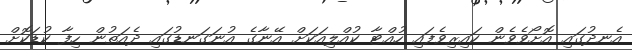
އެނދުގައި އޮށޯވެވެން ކައިރިވެފައި ހުއްޓާ ކުއްލިއަކަށް އޭނާގެ އުނަގަނޑުގައި ދެއަތުން ހިފާ ކުޑަކޮށް